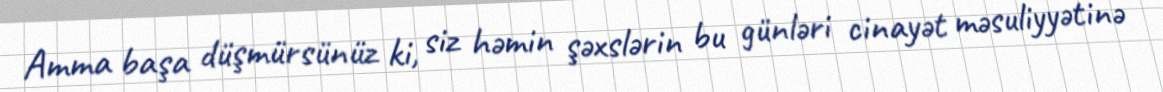
Amma başa düşmürsünüz ki, siz həmin şəxslərin bu günləri cinayət məsuliyyətinə